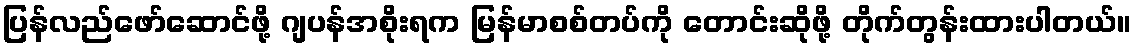
ပြန်လည်ဖော်ဆောင်ဖို့ ဂျပန်အစိုးရက မြန်မာစစ်တပ်ကို တောင်းဆိုဖို့ တိုက်တွန်းထားပါတယ်။